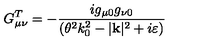
G _ { \mu \nu } ^ { T } = - \frac { i g _ { \mu 0 } g _ { \nu 0 } } { ( \theta ^ { 2 } k _ { 0 } ^ { 2 } - | \mathbf { k } | ^ { 2 } + i \varepsilon ) }